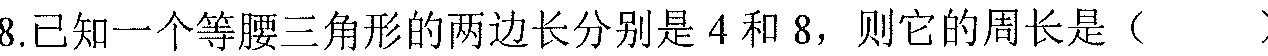
8.已知一个等腰三角形的两边长分别是\(4\)和\(8\)，则它的周长是（  ）